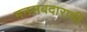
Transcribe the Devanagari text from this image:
मनसबदाराची